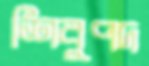
শিবুপদ